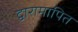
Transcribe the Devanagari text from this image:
द्वारामापित